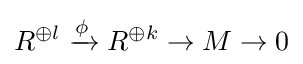
R^{\oplus l}\xrightarrow {\phi } R^{\oplus k}\to M\to 0